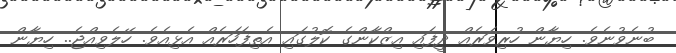
ބުނެވުނެވެ. ހިޔާން ހުރިވަރެއް ދީފައި އިޒްކާންގެ ކޮލުގައި އެތިފަހަރެއް އެޅިއެވެ. ހޭލެވިއްޖެ.. ހިޔާން